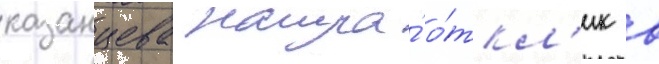
казанцева нашла́ о́ткл'ик в